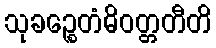
သုခဉ္စေတံဓိဝတ္တတီတိ